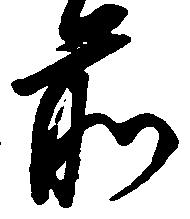
前